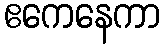
ဧကေနေကာ